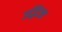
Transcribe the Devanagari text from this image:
उद्भिज्ज